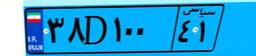
۹۲D۱۱۰۸۵